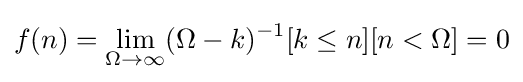
f(n)=\lim _{\Omega \rightarrow \infty }(\Omega -k)^{-1}[k\leq n][n<\Omega ]=0